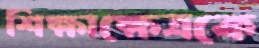
শিক্ষাক্ষেত্রকে